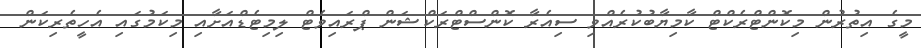
މީގެ އިތުރުން މިކޮންޓްރެކްޓް ކާމިޔާބުކުރެއްވި ސިއެރާ ކޮންސްޓްރަކްޝަން ޕްރައިވެޓް ލިމިޓެޑްއަށާއި މިކަމުގައި އެހީތެރިކަން